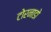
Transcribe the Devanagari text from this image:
टोरनाडो